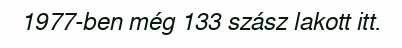
1977-ben még 133 szász lakott itt.